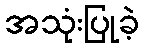
အသုံးပြုခဲ့